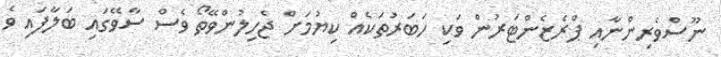
ނޫސްވެރިންނާއި ޕްރެޒެންޓަރުން ވަކި ހަބަރުތަކެއް ކިޔުމަށް ޖެހިލުންވޭތޯ ވެސް ސާވޭގައި ބަލާފައި ވެ